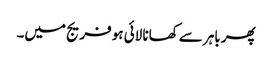
پھر باہر سے کھانا لائی ہو فریج میں۔